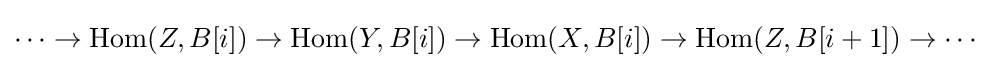
\cdots \to \operatorname {Hom} (Z,B[i])\to \operatorname {Hom} (Y,B[i])\to \operatorname {Hom} (X,B[i])\to \operatorname {Hom} (Z,B[i+1])\to \cdots